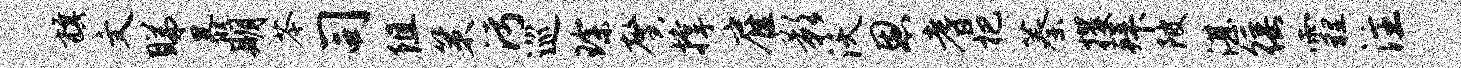
旗文睇暴期苓司阻策污巡琛馨撑雇影沃恩耆杷蓁攫拜陂湛徭霾注